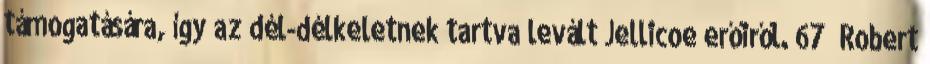
támogatására, így az dél-délkeletnek tartva levált Jellicoe erőiről. 67 Robert